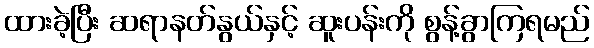
ထားခဲ့ပြီး ဆရာနတ်နွယ်နှင့် ဆူးပန်းကို စွန့်ခွာကြရမည်